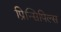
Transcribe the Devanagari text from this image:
प्रिन्सिपिल्स